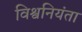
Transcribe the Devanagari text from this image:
विश्वनियंता